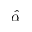
\hat { \alpha }